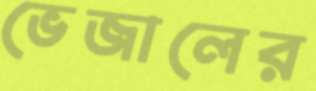
ভেজালের